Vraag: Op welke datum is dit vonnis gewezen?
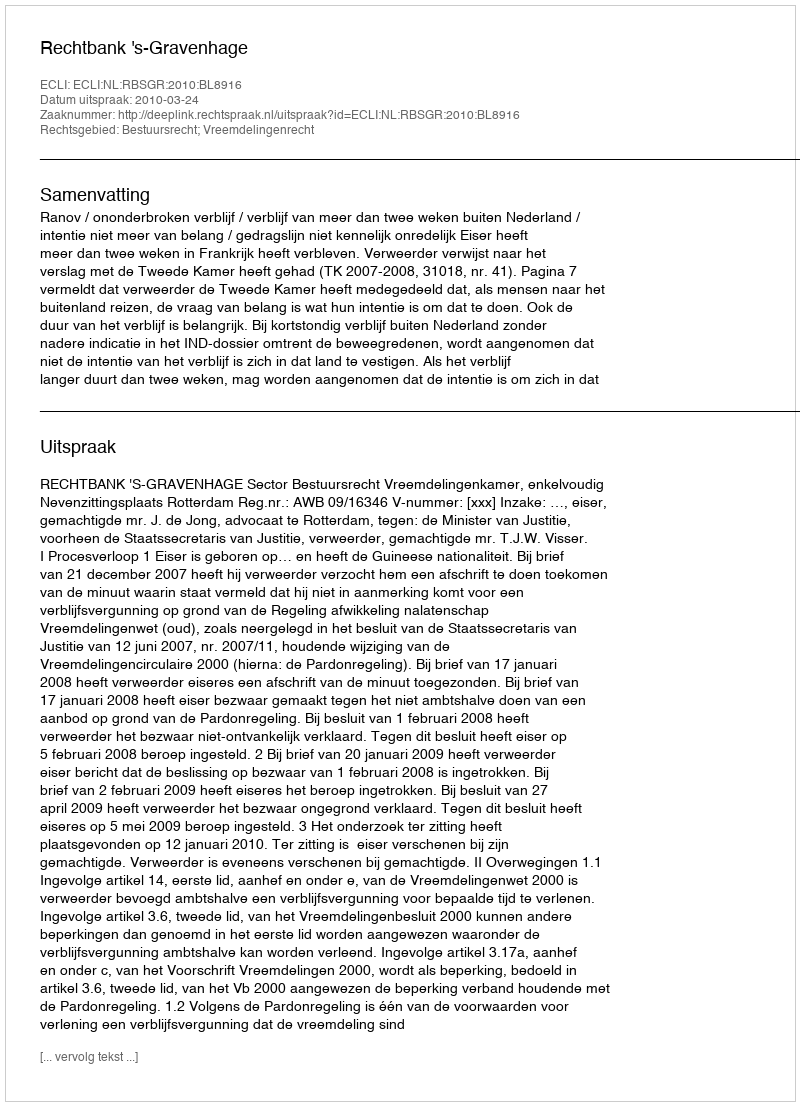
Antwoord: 2010-03-24